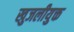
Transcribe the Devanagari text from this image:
खुजलीयुक्त